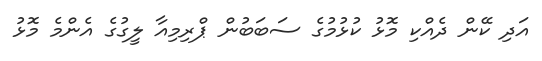
އަދި ކޭން ދެއްކި މޮޅު ކުޅުމުގެ ސަބަބުން ޕްރިމިއާ ލީގުގެ އެންމެ މޮޅު